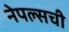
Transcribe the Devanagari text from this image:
नेपल्सची